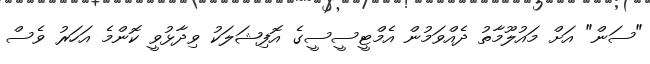
"ސަން" އަށް މައުލޫމާތު ދެއްވަމުން އެމްޓީސީސީގެ އޮފިޝަލަކު ވިދާޅުވީ ކޮންމެ އަހަރު ވެސް